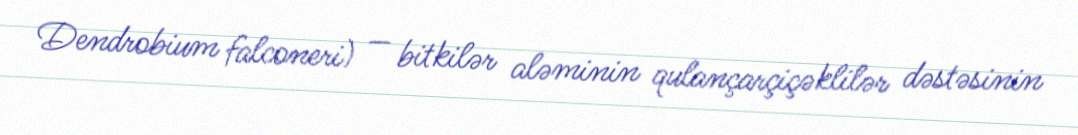
Dendrobium falconeri) — bitkilər aləminin qulançarçiçəklilər dəstəsinin